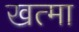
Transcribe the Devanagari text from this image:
खत्मा